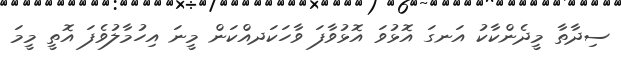
ސިދާތާ މީދެންކާކު އަނގަ އޮޅުވަ އޮޅުވާފަ ވާހަކަދއްކަން މީނަ އިހުމާލުވެފަ އޮތީ މީމަ